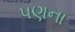
પણના